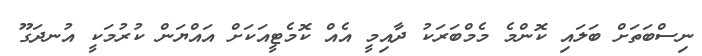
ނިސްބަތަށް ބަލައި ކޮންމެ މެމްބަރަކު ދާއިމީ އެއް ކޮމެޓީއަކަށް އައްޔަން ކުރުމަކީ އުނދަގޫ